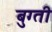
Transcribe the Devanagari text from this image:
बुग्ती